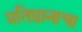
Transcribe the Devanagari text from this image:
प्रतिष्ठानाचा